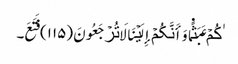
ٰکُمۡ عَبَثً۬ا وَأَنَّکُمۡ إِلَیۡنَا لَا تُرۡجَعُونَ (١١٥) فَتَعَ۔